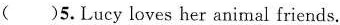
( )5.Lucy loves her animal friends.